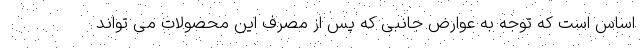
اساس است که توجه به عوارض جانبی که پس از مصرف این محصولات می تواند